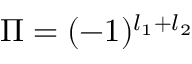
\Pi = ( - 1 ) ^ { l _ { 1 } + l _ { 2 } }